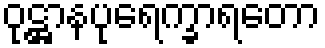
ဝုဋ္ဌာနပုရေက္ခာရတော